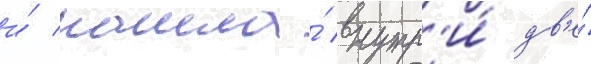
и́ нашла́ внутр'и́ дв'е́